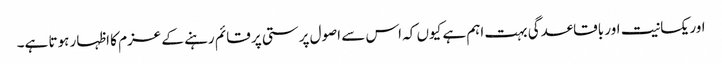
اور یکسانیت اور باقاعدگی بہت اہم ہے کیوں کہ اس سے اصول پرستی پر قائم رہنے کے عزم کا اظہار ہوتا ہے۔